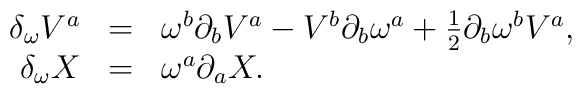
\begin{array}{rcl}         \delta _\omega V^a &=& \omega ^b\partial _bV^a-V^b\partial_b\omega ^a+{\textstyle{1 \over 2}}\partial _b\omega ^b V^a ,\\        \delta _\omega X &=& \omega ^a\partial_aX .\end{array}